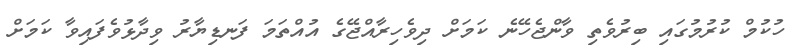
ހުކުމް ކުރުމުގައި ބިރުވެތި ވާންޖެހޭނެ ކަމަށް ދިވެހިރާއްޖޭގެ އުއްތަމަ ފަނޑިޔާރު ވިދާޅުވެފައިވާ ކަމަށް